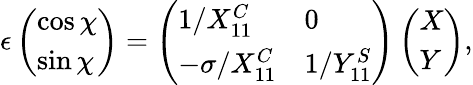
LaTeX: \epsilon\left(\begin{array}{l}{\cos\chi}\\ {\sin\chi}\end{array}\right)=\left(\begin{array}{ll}{1/X_{11}^{C}}&{0}\\ {-\sigma/X_{11}^{C}}&{1/Y_{11}^{S}}\end{array}\right)\left(\begin{array}{l}{X}\\ {Y}\end{array}\right),